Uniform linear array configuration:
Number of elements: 24
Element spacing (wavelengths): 0.5
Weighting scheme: kaiser
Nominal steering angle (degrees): -45
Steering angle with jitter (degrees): -43.33
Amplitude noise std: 0.05
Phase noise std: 0.05

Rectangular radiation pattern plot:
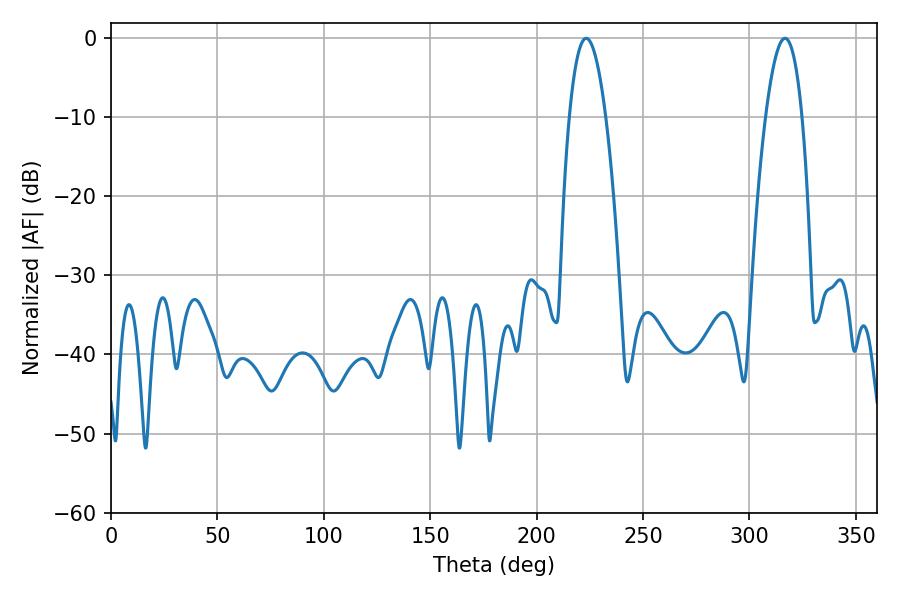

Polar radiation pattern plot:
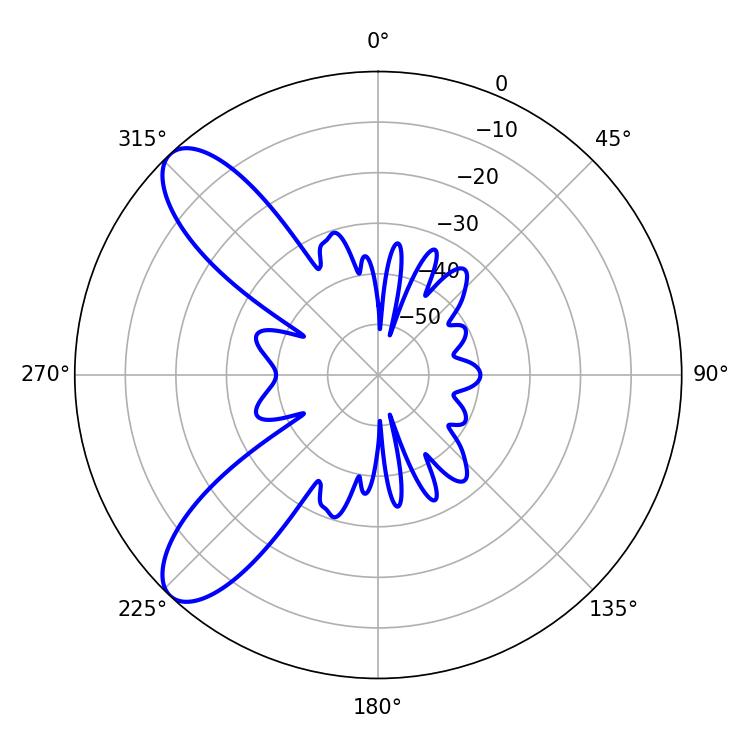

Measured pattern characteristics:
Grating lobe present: FALSE
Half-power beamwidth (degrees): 9.54
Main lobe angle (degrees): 223.2